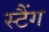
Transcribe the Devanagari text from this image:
स्टैंग